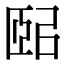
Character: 𦣤